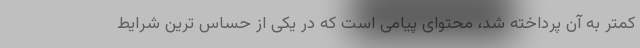
کمتر به آن پرداخته شد، محتوای پیامی است که در یکی از حساس ترین شرایط